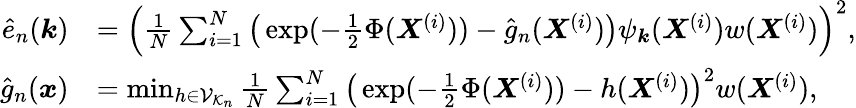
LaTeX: \begin{array}{rl}{\hat{e}_{n}({\boldsymbol k})}&{=\Big(\frac{1}{N}\sum_{i=1}^{N}\big(\exp(-{\textstyle\frac 12}\Phi({\boldsymbol X}^{(i)}))-\hat{g}_{n}({\boldsymbol X}^{(i)})\big)\psi_{\boldsymbol k}({\boldsymbol X}^{(i)})w({\boldsymbol X}^{(i)})\Big)^{2},}\\ {\hat{g}_{n}({\boldsymbol x})}&{=\operatorname*{min}_{h\in\mathcal{V}_{\mathcal{K}_{n}}}\frac{1}{N}\sum_{i=1}^{N}\big(\exp(-{\textstyle\frac 12}\Phi({\boldsymbol X}^{(i)}))-h({\boldsymbol X}^{(i)})\big)^{2}w({\boldsymbol X}^{(i)}),}\end{array}